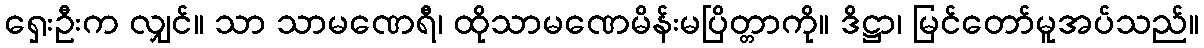
ရှေးဦးက လျှင်။ သာ သာမဏေရီ၊ ထိုသာမဏေမိန်းမပြိတ္တာကို။ ဒိဋ္ဌာ၊ မြင်တော်မူအပ်သည်။